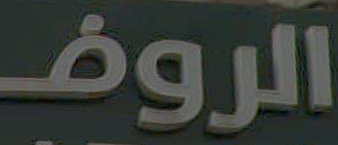
الروف